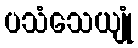
ပသံသေယျုံ